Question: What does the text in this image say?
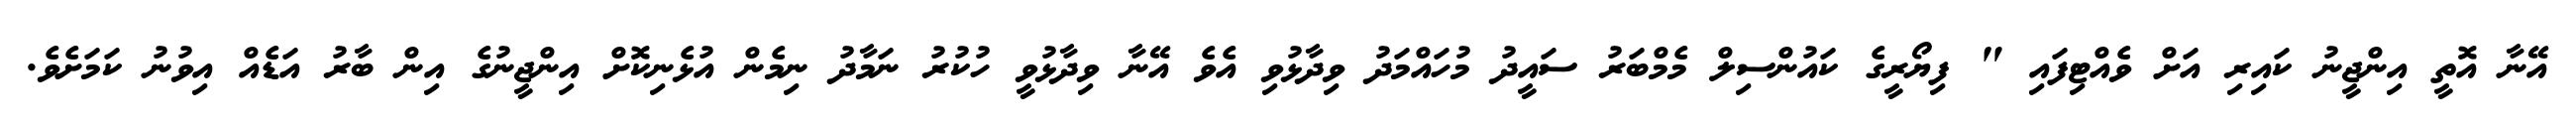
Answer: އޭނާ އޮތީ އިންޖީނު ކައިރި އަށް ވެއްޓިފައި " ފިޔޯރީގެ ކައުންސިލް މެމްބަރު ސައީދު މުހައްމަދު ވިދާޅުވި އެވެ އޭނާ ވިދާޅުވީ ހުކުރު ނަމާދު ނިމެން އުޅެނިކޮށް އިންޖީނުގެ އިން ބާރު އަޑެއް އިވުނު ކަމަށެވެ.